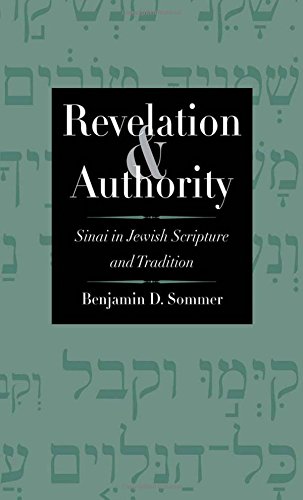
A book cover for Revelation and Authority: Sinai in Jewish Scripture and Tradition (The Anchor Yale Bible Reference Library); Benjamin D. Sommer; History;